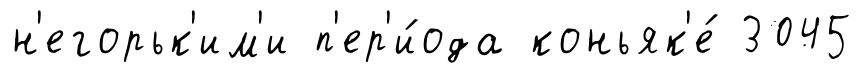
н'егорьк'им'и п'ер'и́ода коньяк'е́ 3045